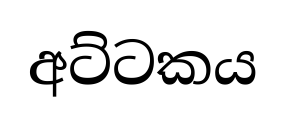
අට්ටකය